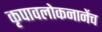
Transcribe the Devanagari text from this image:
कृपावलोकनानेंच